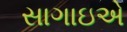
સાગાઇએ